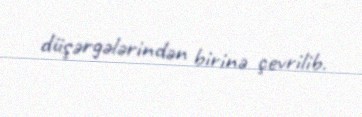
düşərgələrindən birinə çevrilib.